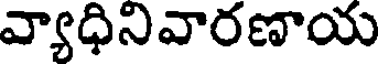
వ్యాధినివారణాయ